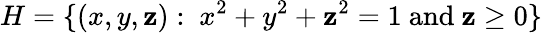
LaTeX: H=\{ (x,y,\mathbf{z}):\ x^{2}+y^{2}+\mathbf{z}^{2}=1{\mathrm{{~and~}}}\mathbf{z}\geq0\}